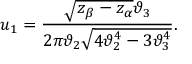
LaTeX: u _ { 1 } = { \frac { \sqrt { z _ { \beta } - z _ { \alpha } } \vartheta _ { 3 } } { 2 \pi \vartheta _ { 2 } \sqrt { 4 \vartheta _ { 2 } ^ { 4 } - 3 \vartheta _ { 3 } ^ { 4 } } } } .